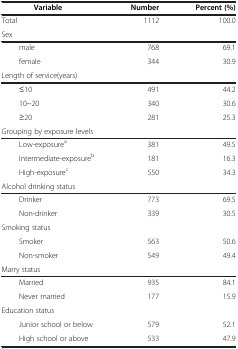
<table><thead><tr><td><b>Variable</b></td><td><b>Number</b></td><td><b>Percent (%)</b></td></tr></thead><tbody><tr><td>Total</td><td>1112</td><td>100.0</td></tr><tr><td>Sex</td><td> </td><td> </td></tr><tr><td>male</td><td>768</td><td>69.1</td></tr><tr><td>female</td><td>344</td><td>30.9</td></tr><tr><td>Length of service(years)</td><td> </td><td> </td></tr><tr><td>≤10</td><td>491</td><td>44.2</td></tr><tr><td>10~20</td><td>340</td><td>30.6</td></tr><tr><td>≥20</td><td>281</td><td>25.3</td></tr><tr><td>Grouping by exposure levels</td><td> </td><td> </td></tr><tr><td>Low-exposure<sup>a</sup></td><td>381</td><td>49.5</td></tr><tr><td>Intermediate-exposure<sup>b</sup></td><td>181</td><td>16.3</td></tr><tr><td>High-exposure<sup>c</sup></td><td>550</td><td>34.3</td></tr><tr><td>Alcohol drinking status</td><td> </td><td> </td></tr><tr><td>Drinker</td><td>773</td><td>69.5</td></tr><tr><td>Non-drinker</td><td>339</td><td>30.5</td></tr><tr><td>Smoking status</td><td> </td><td> </td></tr><tr><td>Smoker</td><td>563</td><td>50.6</td></tr><tr><td>Non-smoker</td><td>549</td><td>49.4</td></tr><tr><td>Marry status</td><td> </td><td> </td></tr><tr><td>Married</td><td>935</td><td>84.1</td></tr><tr><td>Never married</td><td>177</td><td>15.9</td></tr><tr><td>Education status</td><td> </td><td> </td></tr><tr><td>Junior school or below</td><td>579</td><td>52.1</td></tr><tr><td>High school or above</td><td>533</td><td>47.9</td></tr></tbody></table>